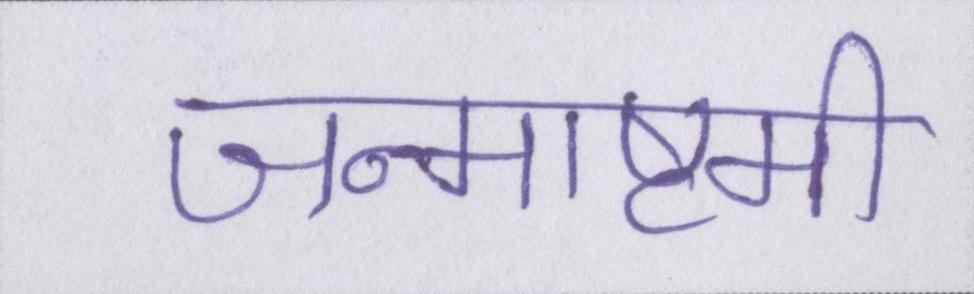
जन्माष्टमी